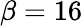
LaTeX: \beta=16